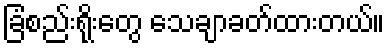
ခြံစည်းရိုးတွေ သေချာခတ်ထားတယ်။